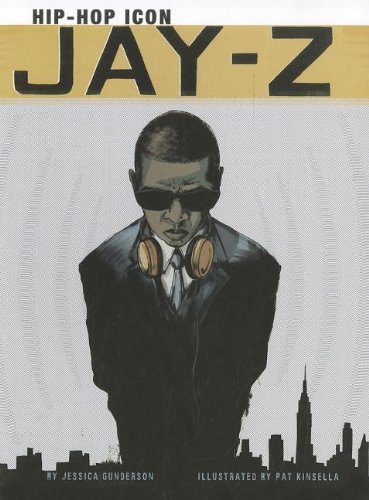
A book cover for Jay-Z: Hip-Hop Icon (American Graphic); Jessica Gunderson; Children's Books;